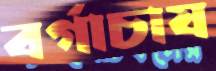
বর্গাচাষ